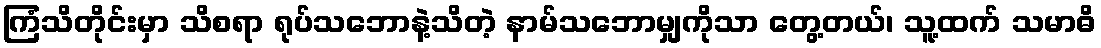
ကြံသိတိုင်းမှာ သိစရာ ရုပ်သဘောနဲ့သိတဲ့ နာမ်သဘောမျှကိုသာ တွေ့တယ်၊ သူ့ထက် သမာဓိ